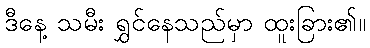
ဒီနေ့ သမီး ရွှင်နေသည်မှာ ထူးခြား၏။